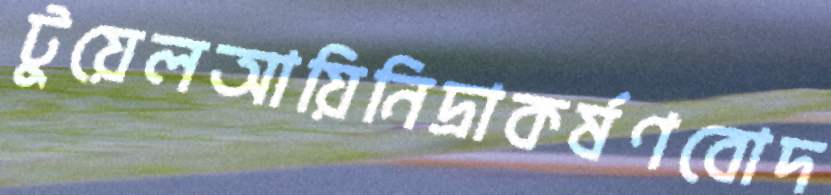
টুয়েলআয়িনিদ্রাকর্ষণবোদ